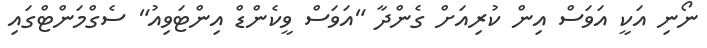
ނޯނި އަކީ އަވަސް އިން ކުރިއަށް ގެންދާ "އަވަސް ވީކެންޑް އިންޓަވިއު" ސެގްމަންޓްގައި